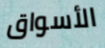
الأسواق